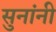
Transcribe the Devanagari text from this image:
सुनांनी